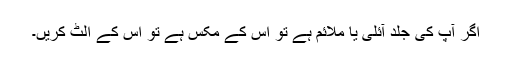
اگر آپ کی جلد آئلی یا ملائم ہے تو اس کے مکس ہے تو اس کے الٹ کریں۔